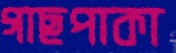
গাছপাকা